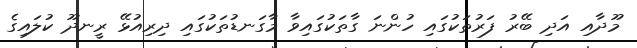
މޫދާއި އަދި ބޭރު ފަރުތަކުގައި ހުންނަ ގާތަކުގައިވާ މާގަނޑުތަކުގައި ދިރިއުޅޭ ރީނދޫ ކުލައިގެ